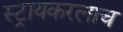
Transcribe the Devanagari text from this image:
स्ट्रायकरलाच